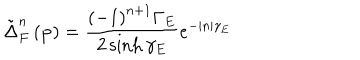
LaTeX: \tilde { \Delta } _ { F } ^ { n } \left( \mathbf { p } \right) = \frac { \left( - 1 \right) ^ { n + 1 } \Gamma _ { E } } { 2 \sinh \gamma _ { E } } e ^ { - | n | \gamma _ { E } }